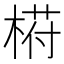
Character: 﨓